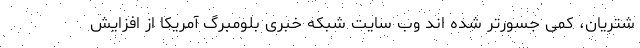
شتریان، کمی جسورتر شده اند وب سایت شبکه خبری بلومبرگ آمریکا از افزایش